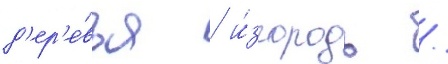
д'ер'е́вья / и́згородь /